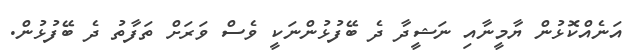
އަނެއްކޮޅުން ޔާމީނާއި ނަޝީދާ ދެ ބޭފުޅުންނަކީ ވެސް ވަރަށް ތަފާތު ދެ ބޭފުޅުން.